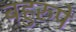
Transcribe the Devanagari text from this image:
बहुरुपे